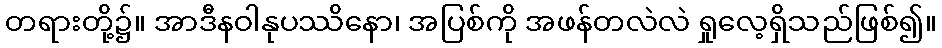
တရားတို့၌။ အာဒီနဝါနုပဿိနော၊ အပြစ်ကို အဖန်တလဲလဲ ရှုလေ့ရှိသည်ဖြစ်၍။